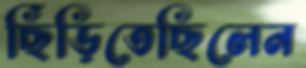
ছিঁড়িতেছিলেন